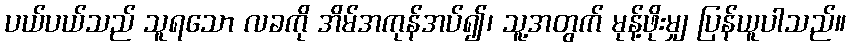
ပယ်ပယ်သည် သူရသော လခကို အိမ်အကုန်အပ်၍၊ သူ့အတွက် မုန့်ဖိုးမျှ ပြန်ယူပါသည်။